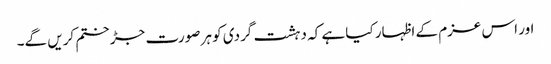
اور اس عزم کے اظہار کیا ہے کہ دہشت گردی کو ہر صورت جڑ ختم کریں گے۔